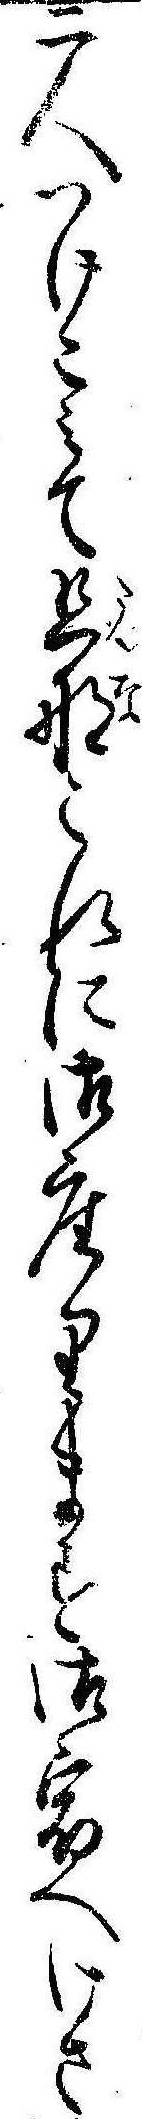
二人つけこみて旦那これに御座ります御宿へけさ